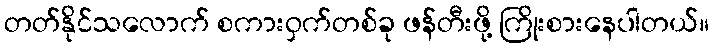
တတ်နိုင်သလောက် စကားဝှက်တစ်ခု ဖန်တီးဖို့ ကြိုးစားနေပါတယ်။